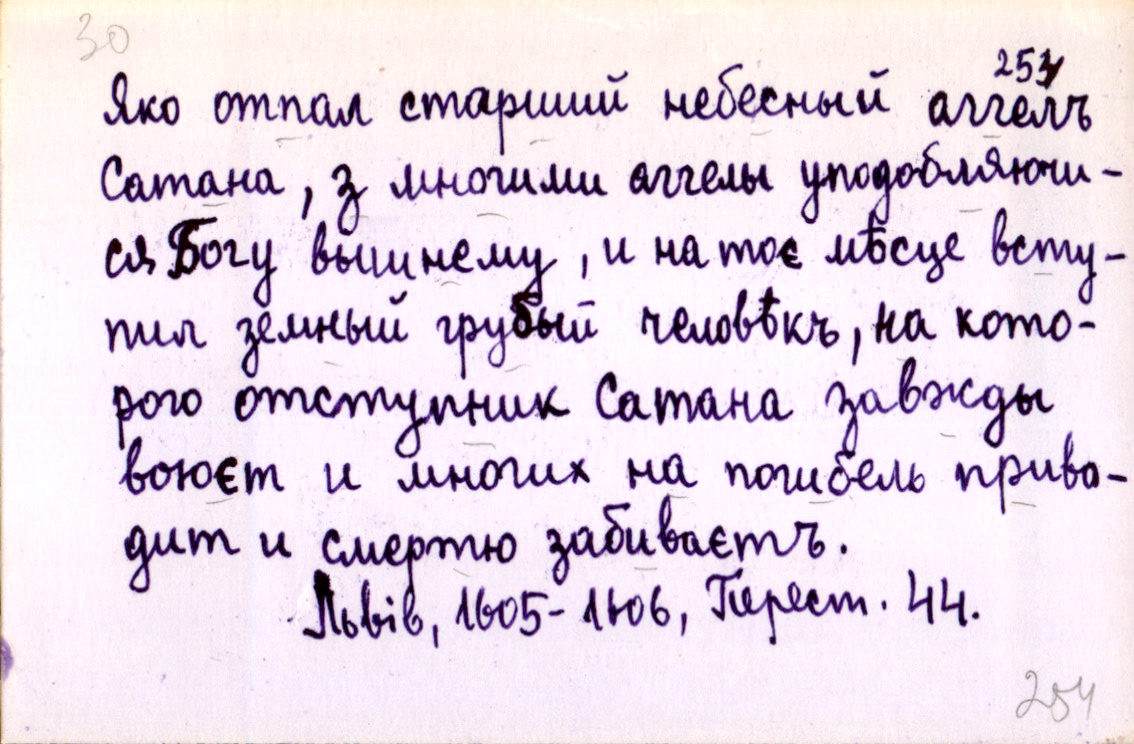
Яко отпал старший небесный аггелъ
Сатана, з многими аггелы уподобляючи-
ся Богу вышнему, и на тоє мѣсце всту-
пил земный грубый человѣкъ, на кото-
рого отступник Сатана завжды
воюєт и многих на погибель приво-
дит и смертю забиваєтъ.
Львів, 1605-1606, Перест. 44.